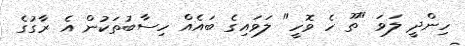
ހިންދީ ލަވަ "ތޫ ހެ ވޮހީ" ލަވައިގެ ބައެއް ހިސާބުތަކުން އެ ރާގުގެ